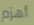
أهزم